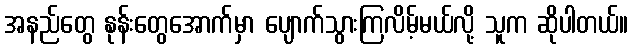
အနည်တွေ နုန်းတွေအောက်မှာ ပျောက်သွားကြလိမ့်မယ်လို့ သူက ဆိုပါတယ်။